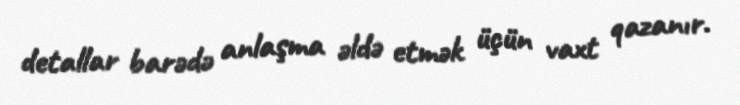
detallar barədə anlaşma əldə etmək üçün vaxt qazanır.